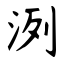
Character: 洌